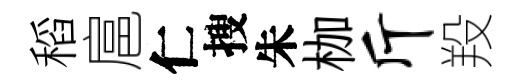
稻扈仁搜朱枷斤羖